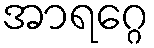
အာရဂ္ဂေ